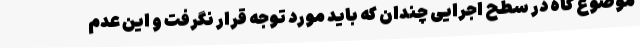
موضوع گاه در سطح اجرایی چندان که باید مورد توجه قرار نگرفت و این عدم